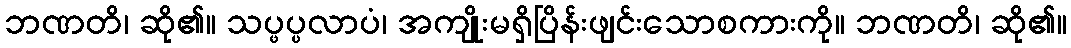
ဘဏတိ၊ ဆို၏။ သပ္ဖပ္ပလာပံ၊ အကျိုးမရှိပြိန်းဖျင်းသောစကားကို။ ဘဏတိ၊ ဆို၏။